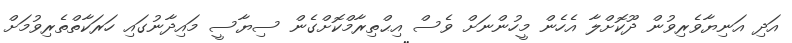
އަދި އަނިޔާވެރިވުން ދޫކޮށްލާ އެހެން މީހުންނަށް ވެސް އިޙްތިރާމްކޮށްގެން ސިޔާސީ މައިދާނުގައި ހަރަކާތްތެރިވުމަށް